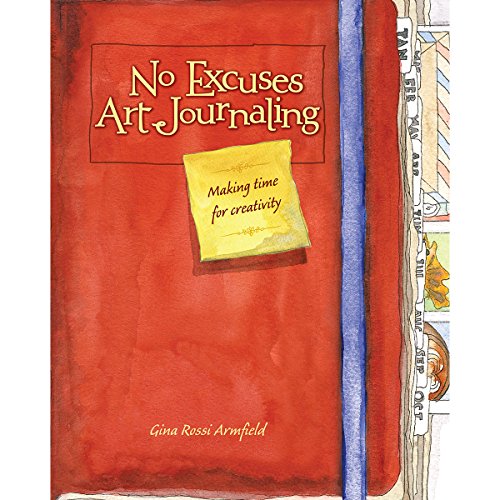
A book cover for No Excuses Art Journaling: Making Time for Creativity; Gina Rossi Armfield; Crafts, Hobbies & Home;